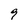
Character: 9